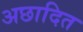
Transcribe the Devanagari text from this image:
अछादित